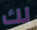
لك